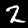
Label: 2